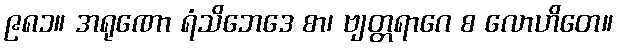
၉၈၁။ အရုဏော ရံသိဘေဒေ စာ၊ ဗျတ္တရာဂေ စ လောဟိတေ။